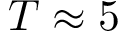
T \approx 5